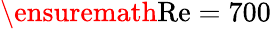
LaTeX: \ensuremath{\mathrm{Re}}{}=700